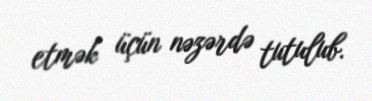
etmək üçün nəzərdə tutulub.